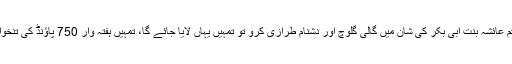
اور مجھ سے راہ علاج مانگ رہے تھے چنانچہ میں نے ان سے کہا: “اگر تم عائشہ بنت ابی بکر کی شان میں گالی گلوچ اور دشنام طرازی کرو تو تمہیں یہاں لایا جائے گا، تمہیں ہفتہ وار 750 پاؤنڈ کی تنخواہ دی جائے گی اور ہائڈ پارک لندن کے بالمقال ایک اپارٹمنٹ دیا جائے گا”۔